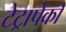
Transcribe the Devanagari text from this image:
टेट्रापेको